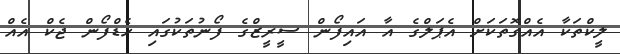
ލީކްތަކާ އެއްގޮތަކަށް އެޕަލްގެ އާ އައިފޯން ސީރީޒްގެ ފޯނުތަކުގައި ހެޑްފޯން ޖެކް އެއް